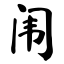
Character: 闱